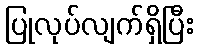
ပြုလုပ်လျက်ရှိပြီး